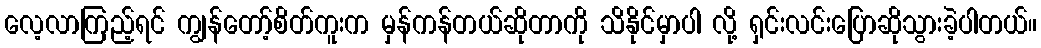
လေ့လာကြည့်ရင် ကျွန်တော့်စိတ်ကူးက မှန်ကန်တယ်ဆိုတာကို သိနိုင်မှာပါ လို့ ရှင်းလင်းပြောဆိုသွားခဲ့ပါတယ်။